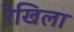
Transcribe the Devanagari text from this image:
रेखिला